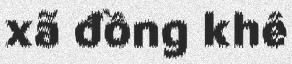
xã đồng khê